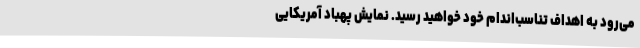
می‌رود به اهداف تناسب‌اندام خود خواهید رسید. نمایش پهباد آمریکایی